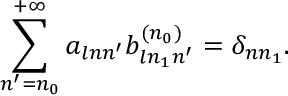
\sum _ { n ^ { \prime } = n _ { 0 } } ^ { + \infty } a _ { l n n ^ { \prime } } b _ { l n _ { 1 } n ^ { \prime } } ^ { ( n _ { 0 } ) } = \delta _ { n n _ { 1 } } .